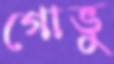
গোভু